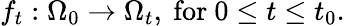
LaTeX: f_{t}:\Omega_{0}\to\Omega_{t},{\mathrm{~for~}}0\leq t\leq t_{0}.